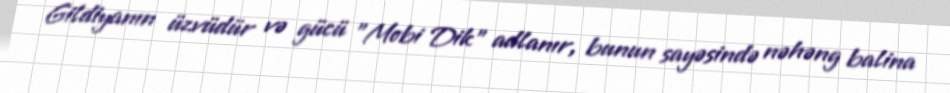
Gildiyanın üzvüdür və gücü "Mobi Dik" adlanır, bunun sayəsində nəhəng balina